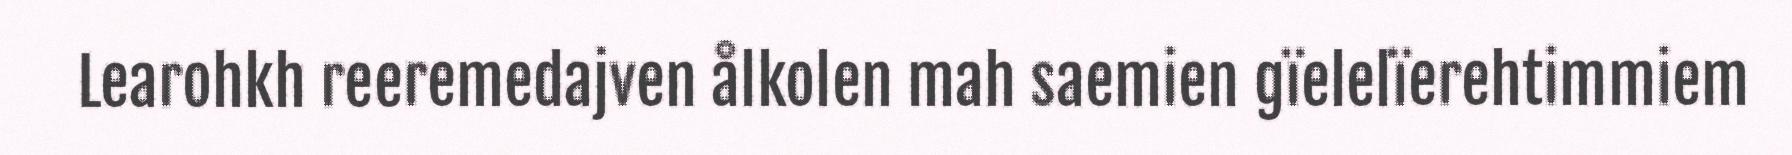
Learohkh reeremedajven ålkolen mah saemien gïelelïerehtimmiem